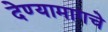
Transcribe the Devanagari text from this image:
देण्यामागचे